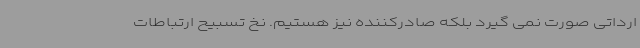
ارداتی صورت نمی گیرد بلکه صادرکننده نیز هستیم. نخ تسبیح ارتباطات